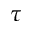
\tau